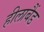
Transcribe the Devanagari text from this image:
हीलाबैंड